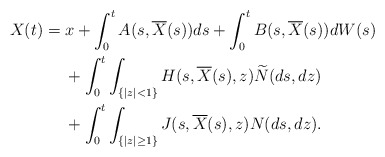
\begin{align*} X(t)&= x+\int_0^t A(s,\overline{X}(s))ds+\int_0^t B(s,\overline{X}(s))dW(s) \\ &\quad\ +\int_0^t \int_{\{|z|<1\}} H(s,\overline{X}(s),z)\widetilde{N}(ds,dz)\\&\quad\ +\int_0^t\int_{\{|z|\ge1\}} J(s,\overline{X}(s),z)N(ds,dz).\end{align*}